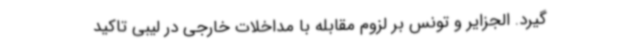
‌گیرد. الجزایر و تونس بر لزوم مقابله با مداخلات خارجی در لیبی تاکید